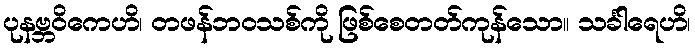
ပုနဗ္ဘဝိကေဟိ၊ တဖန်ဘဝသစ်ကို ဖြစ်စေတတ်ကုန်သော။ သင်္ခါရေဟိ၊